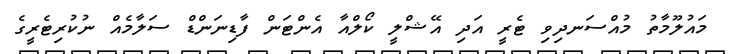
މައުލޫމާތު މުއްސަނދިވި ޓެރީ އަދި އޭޝްލީ ކޯލްއާ އެންޓަން ފާޑިނަންޑް ސަލާމެއް ނުކުރިޓެރީގެ